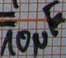
Text: 10µF